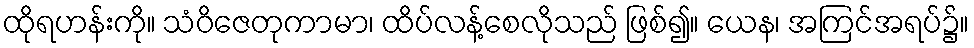
ထိုရဟန်းကို။ သံဝိဇေတုကာမာ၊ ထိပ်လန့်စေလိုသည် ဖြစ်၍။ ယေန၊ အကြင်အရပ်၌။